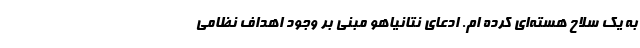
به یک سلاح هسته‌ای کرده ام. ادعای نتانیاهو مبنی بر وجود اهداف نظامی